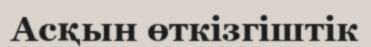
Асқын өткізгіштік